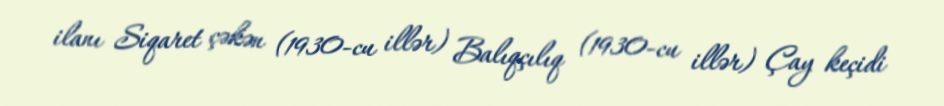
ilanı Siqaret çəkən (1930-cu illər) Balıqçılıq (1930-cu illər) Çay keçidi